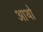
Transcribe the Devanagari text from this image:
आथो